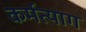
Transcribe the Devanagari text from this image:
कर्मत्याग